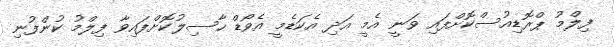
ފިލްމު ޕްރޮޑިއުސްކޮށްފައި ވަނީ އެމީ އަދި އެކަޑެމީ އެވޯޑް ހާސިލުކޮށްފައިވާ ފިލްމު ކުންފުނި